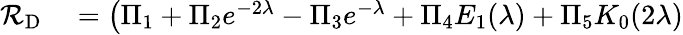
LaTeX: \begin{array}{rl}{\mathcal{R}_{\mathrm{D}}}&{{}=\big(\Pi_{1}+\Pi_{2}e^{-2\lambda}-\Pi_{3}e^{-\lambda}+\Pi_{4}E_{1}(\lambda)+\Pi_{5}K_{0}(2\lambda)}\end{array}